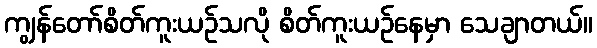
ကျွန်တော်စိတ်ကူးယဉ်သလို စိတ်ကူးယဉ်နေမှာ သေချာတယ်။